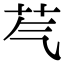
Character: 芞